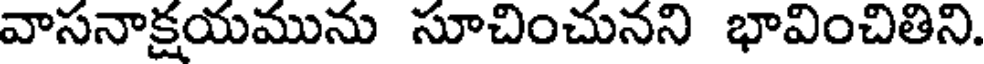
వాసనాక్షయమును సూచించునని భావించితిని.